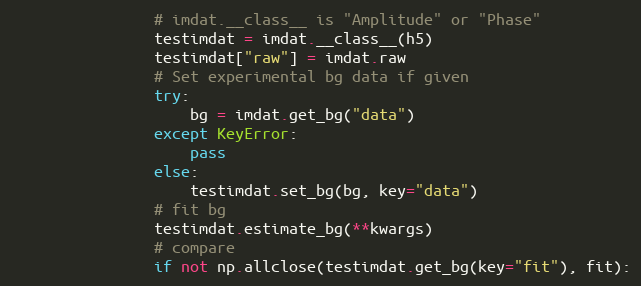
Language: Python
                # imdat.__class__ is "Amplitude" or "Phase"
                testimdat = imdat.__class__(h5)
                testimdat["raw"] = imdat.raw
                # Set experimental bg data if given
                try:
                    bg = imdat.get_bg("data")
                except KeyError:
                    pass
                else:
                    testimdat.set_bg(bg, key="data")
                # fit bg
                testimdat.estimate_bg(**kwargs)
                # compare
                if not np.allclose(testimdat.get_bg(key="fit"), fit):